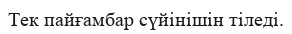
Тек пайғамбар сүйінішін тіледі.